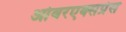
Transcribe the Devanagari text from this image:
ओवरएक्सप्रेस